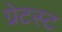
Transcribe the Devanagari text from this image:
ग्रेटस्ट